Sanitation, dispensaries and jails vaccination Rajputana 1922-1927 - 1922-1927
Year: 1922
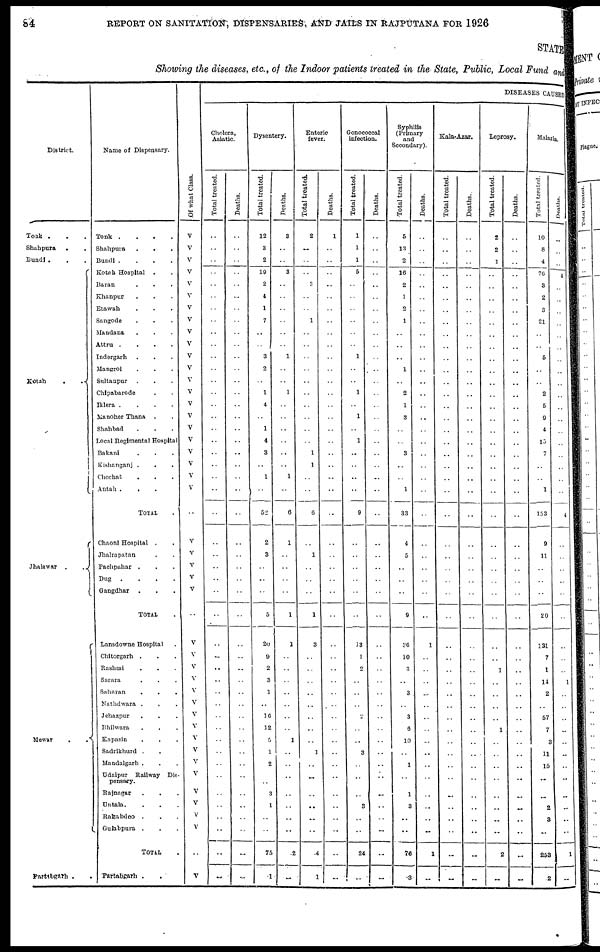
84
REPORT ON SANITATION, DISPENSARIES, AND JAILS IN RAJPUTANA FOR 1926
STATE
Showing the diseases, etc., of the Indoor patients treated in the State, Public, Local Fund and
District.
Tonk ...
Shahpura
..
Bundi ...
Kotah
. .
Jhalawar
.
.
Mewar
.
.
Partabgarh ..
Name of Dispensary.
Tonk
....
Shahpura
...
Bundi
....
Kotah Hospital ..
Baran
...
Khanpur ...
Etawah ...
Sangode ...
Mandana ...
Attru
....
Indergarh ...
Mangrol ...
Sultanpur ...
Chipabarode ..
Iklera ....
Manoher Thana ..
Shahbad ...
Local Regimental Hospital
Bakani ...
Kishanganj ...
Chechat
...
Antah
....
TOTAL .
Chaoni Hospital ..
Jhalrapatan ..
Pachpahar ...
Dug
....
Gangdhar ...
TOTAL .
Lansdowne Hospital .
Chitorgarh ...
Rashmi ...
Sarara ...
Saharn ...
Nathdwara ...
Jehazpur ...
Bhilwara ...
Kapasin ...
Sadrikhurd ...
Mandalgarh ...
Udaipur Railway Dis-
pensary.
Rajnagar ...
Untala. ...
Rakabdeo ...
Gulabpura ...
TOTAL .
Partabgarh ..
Of what Class.
V
V
V
V
V
V
V
V
V
V
V
V
V
V
V
V
V
V
V
V
V
V
..
V
V
V
V
V
..
V
V
V
V
V
V
V
V
V
V
V
V
V
V
V
V
..
V
DISEASES CAUSED
Cholera,
Asiatic.
Total treated.
..
..
..
..
..
..
..
..
..
..
..
..
..
..
..
..
..
..
..
..
..
..
..
..
..
..
..
..
..
..
..
..
..
..
..
..
..
..
..
..
..
..
..
..
..
..
..
Deaths.
..
..
..
..
..
..
..
..
..
..
..
..
..
..
..
..
..
..
..
..
..
..
..
..
..
..
..
..
..
..
..
..
..
..
..
..
..
..
..
..
..
..
..
..
..
..
..
Dysentery.
Total treated.
12
3
2
19
2
4
1
7
..
..
3
2
..
1
4
..
1
4
3
..
1
..
52
2
3
..
..
..
5
20
9
2
3
1
..
10
12
5
1
2
..
3
1
..
..
75
1
Deaths.
3
..
..
3
..
..
..
..
..
..
1
..
..
1
..
..
..
..
..
..
1
..
6
1
..
..
..
..
1
1
..
..
..
..
..
..
..
1
..
..
..
..
..
..
..
2
..
Enteric
fever.
Total treated.
2
..
..
..
3
..
..
1
..
..
..
..
..
..
..
..
..
..
1
1
..
..
6
..
1
..
..
..
1
3
..
..
..
..
..
..
..
..
1
..
..
..
..
..
..
4
1
Deaths.
1
..
..
..
..
..
..
..
..
..
..
..
..
..
..
..
..
..
..
..
..
..
..
..
..
..
..
..
..
..
..
..
..
..
..
..
..
..
..
..
..
..
..
..
..
..
..
Gonococcal
infection.
Total treated.
1
1
1
5
..
..
..
..
..
..
1
..
..
1
..
1
..
1
..
..
..
..
9
..
..
..
..
..
..
18
1
2
..
..
..
..
..
..
3
..
..
..
3
..
..
24
..
Deaths.
..
..
..
..
..
..
..
..
..
..
..
..
..
..
..
..
..
..
..
..
..
..
..
..
..
..
..
..
..
..
..
..
..
..
..
..
..
..
..
..
..
..
..
..
..
..
Syphilis
(Primary
and
Secondary).
Total treated.
5
13
2
16
2
1
2
1
..
..
..
1
..
2
1
3
..
..
3
..
..
1
33
4
5
..
..
..
9
36
10
3
..
3
..
3
6
10
..
1
..
1
3
..
..
76
3
Deaths.
..
..
..
..
..
..
..
..
..
..
..
..
..
..
..
..
..
..
..
..
..
..
..
..
..
..
..
..
..
1
..
..
..
..
..
..
..
..
..
..
..
..
..
..
..
1
..
Kala-Azar.
Total treated.
..
..
..
..
..
..
..
..
..
..
..
..
..
..
..
..
..
..
..
..
..
..
..
..
..
..
..
..
..
..
..
..
..
..
..
..
..
..
..
..
..
..
..
..
..
..
..
Deaths.
..
..
..
..
..
..
..
..
..
..
..
..
..
..
..
..
..
..
..
..
..
..
..
..
..
..
..
..
..
..
..
..
..
..
..
..
..
..
..
..
..
..
..
..
..
..
..
Leprosy.
Total treated.
2
2
1
..
..
..
..
..
..
..
..
..
..
..
..
..
..
..
..
..
..
..
..
..
..
..
..
..
..
..
..
1
..
..
..
..
1
..
..
..
..
..
..
..
..
2
..
Deaths.
..
..
..
..
..
..
..
..
..
..
..
..
..
..
..
..
..
..
..
..
..
..
..
..
..
..
..
..
..
..
..
..
..
..
..
..
..
..
..
..
..
..
..
..
..
..
..
Malaria.
Total treated.
10
8
4
76
3
2
3
21
..
..
5
..
..
2
5
9
4
15
7
..
..
1
153
9
11
..
..
..
20
131
7
1
14
2
..
57
7
3
11
15
..
..
2
3
..
253
2
Deaths.
..
..
..
4
..
..
..
..
..
..
..
..
..
..
..
..
..
..
..
..
..
..
4
..
..
..
..
..
..
..
..
..
1
..
..
..
..
..
..
..
..
..
..
..
..
1
..